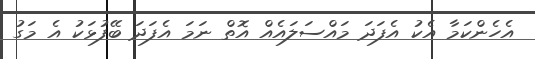
އެހެންކަމާ އެކު އެފަދަ މައްސަލައެއް އޮތް ނަމަ އެފަދަ ބޭފުޅަކު އެ މަގު